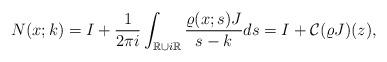
LaTeX: \begin{align*}&N(x;k)=I+\frac{1}{2\pi i} \int_{\mathbb{R}\cup i \mathbb{R}} \frac{\varrho(x;s)J}{s-k} d s=I+\mathcal{C}(\varrho J)(z),\end{align*}